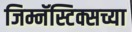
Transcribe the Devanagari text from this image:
जिम्नॅस्टिक्सच्या